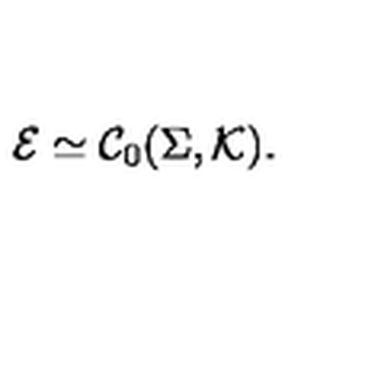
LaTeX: \mathcal E \simeq { \mathcal C } _ { 0 } ( \Sigma , \mathcal K ) .